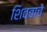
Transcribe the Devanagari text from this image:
शिवबाचे